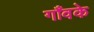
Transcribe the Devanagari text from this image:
गाँवके